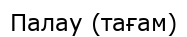
Палау (тағам)